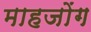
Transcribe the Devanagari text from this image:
माहजोंग